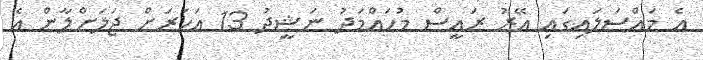
އެ މައްސަލައިގައި އޭރު ރައީސް މުހައްމަދު ނަޝީދު 13 އަހަރަށް ޖަލަށްލާން އެ